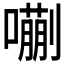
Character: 𫬉